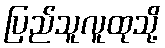
ပြည်သူလူထုသို့